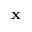
\mathbf { x }